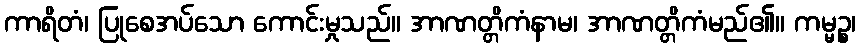
ကာရိတံ၊ ပြုစေအပ်သော ကောင်းမှုသည်။ အာဏတ္တိကံနာမ၊ အာဏတ္တိကံမည်၏။ ကမ္မဉ္စ၊